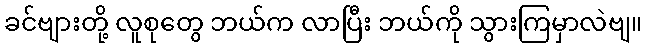
ခင်ဗျားတို့ လူစုတွေ ဘယ်က လာပြီး ဘယ်ကို သွားကြမှာလဲဗျ။